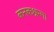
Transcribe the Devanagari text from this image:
कनकश्रन्गा